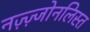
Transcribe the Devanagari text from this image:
नज़्ज़्जोनलिस्त